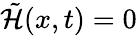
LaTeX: \tilde{\mathcal{H}}(x,t)=0